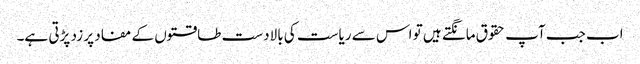
اب جب آپ حقوق مانگتے ہیں تو اس سے ریاست کی بالادست طاقتوں کے مفاد پر زد پڑتی ہے۔